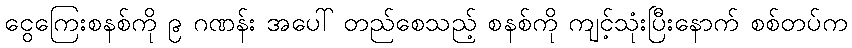
ငွေကြေးစနစ်ကို ၉ ဂဏန်း အပေါ် တည်စေသည့် စနစ်ကို ကျင့်သုံးပြီးနောက် စစ်တပ်က